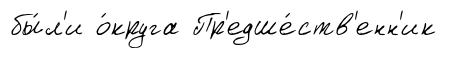
бы́л'и о́круга Пр'едше́ств'енн'ик